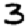
Digit: 3